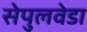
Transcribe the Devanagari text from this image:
सेपुलवेडा